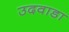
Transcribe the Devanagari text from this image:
उदवाडा